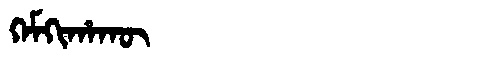
Manchu: ᡴᡝᠮᡴᡳᡥᠠᡴᡡ
Romanization: KEMKIHAKŪ